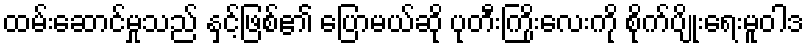
ထမ်းဆောင်မှုသည် နှင့်ဖြစ်၏ ပြောမယ်ဆို ပုတီးကြိုးလေးကို စိုက်ပျိုးရေးမူဝါဒ